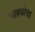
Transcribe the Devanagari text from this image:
माहधोवा